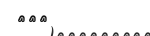
١٣٣